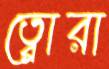
ত্বোরা